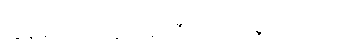
ကျွန်မတို့ ဘထွေးဘုန်းကြီး ဟိုဘက်ရွာမှာ ရှိတယ်။